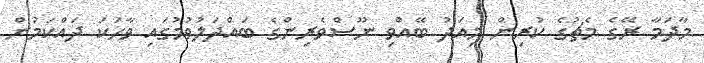
މާދަމާ ރޭގެ މެޗުގެ ކުރިން މިއަދު ބޭއްވި ނޫސްވެރިންގެ ބައްދަލުވުމުގައި ވާހަކަ ދައްކަމުން